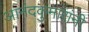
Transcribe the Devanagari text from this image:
आनंदकुमारांनी